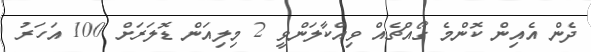
ދެން އެއިން ކޮންމެ ގޯއްޗެއް ވިއްކާލަންވީ 2 މިލިއަން ޑޮލަރަށް 100 އަހަރު